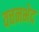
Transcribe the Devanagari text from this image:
वचनभेद